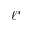
\ell ^ { * }